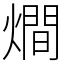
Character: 𤏐